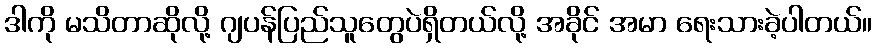
ဒါကို မသိတာဆိုလို့ ဂျပန်ပြည်သူတွေပဲရှိတယ်လို့ အခိုင် အမာ ရေးသားခဲ့ပါတယ်။